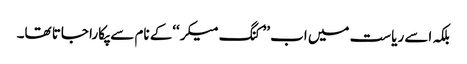
بلکہ اسے ریاست میں اب ’’کنگ میکر‘‘کے نام سے پکارا جاتا تھا۔